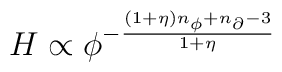
H \propto \phi^{-\frac{(1+\eta)n_{\phi} + n_\partial -3}{1+\eta}}